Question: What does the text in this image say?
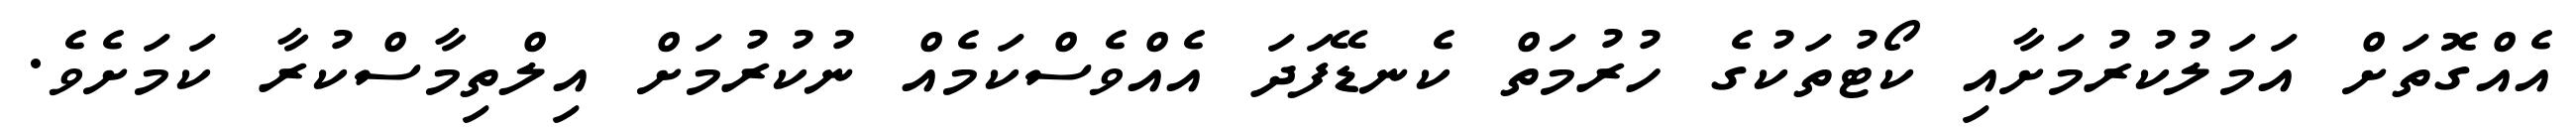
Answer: އެއްގޮތަށް އަމަލުކުރުމަށާއި ކޯޓުތަކުގެ ހުރުމަތް ކެނޑޭފަދަ އެއްވެސްކަމެއް ނުކުރުމަށް އިލްތިމާސްކުރާ ކަމަށެވެ.